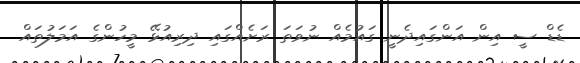
ޑެޑް ސީ އިން އަންގައިދެނީ ގައުމެއް ނުވަތަ ރަށެއްގައި ދިރިއުޅޭ މީހުންގެ އަމަލުތައް